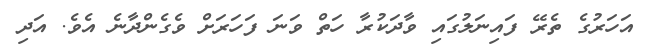
އަހަރުގެ ތެރޭ ފައިނަލުގައި ވާދަކުރާ ހަތް ވަނަ ފަހަރަށް ވެގެންދާނެ އެވެ. އަދި